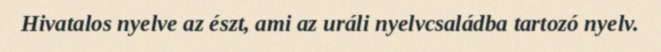
Hivatalos nyelve az észt, ami az uráli nyelvcsaládba tartozó nyelv.